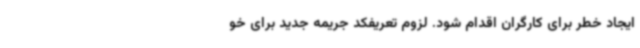
ایجاد خطر برای کارگران اقدام شود. لزوم تعریفکد جریمه جدید برای خو